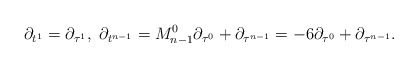
\begin{align*}\partial_{t^1}=\partial_{\tau^1},\ \partial_{t^{n-1}}=M_{n-1}^0\partial_{\tau^0}+\partial_{\tau^{n-1}}=-6\partial_{\tau^0}+\partial_{\tau^{n-1}}.\end{align*}